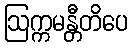
ဩက္ကမန္တီတိပေ